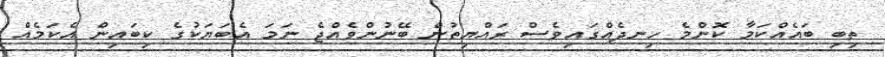
ތިބި ބައެއްކަމާ ކޮންމެ ހިނދެއްގައިވެސް ރައްޔިތުން ބޭނުންވެއްޖެ ނަމަ އެބަޔަކުގެ ކިބައިން އެކަމެއް